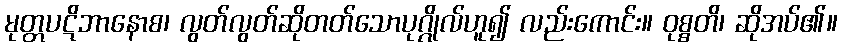
မုတ္တပဋိဘာနောစ၊ လွတ်လွတ်ဆိုတတ်သောပုဂ္ဂိုလ်ဟူ၍ လည်းကောင်း။ ဝုစ္စတိ၊ ဆိုအပ်၏။